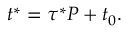
t ^ { * } = \tau ^ { * } P + t _ { 0 } .